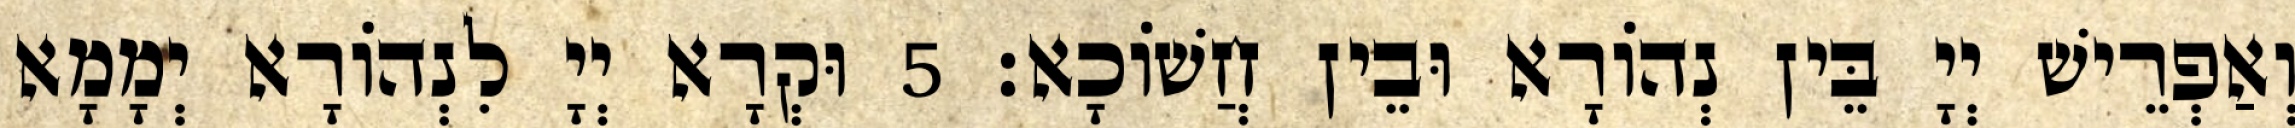
וְאַפְרֵישׁ יְיָ בֵּין נְהוֹרָא וּבֵין חֲשׁוֹכָא׃ 5 וּקְרָא יְיָ לִנְהוֹרָא יְמָמָא